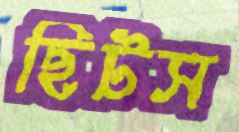
ছিটস